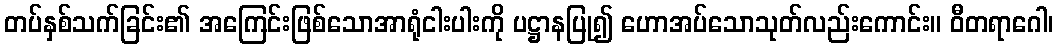
တပ်နှစ်သက်ခြင်း၏ အကြေင်းဖြစ်သောအာရုံငါးပါးကို ပဋ္ဌာနပြု၍ ဟောအပ်သောသုတ်လည်းကောင်း။ ဝီတရာဂေါ၊